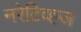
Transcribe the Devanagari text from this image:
नरेटिव्ह्ज